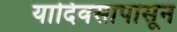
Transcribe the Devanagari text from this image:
यादिवसापासून